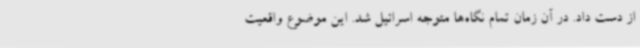
از دست داد. در آن زمان تمام نگاه‌ها متوجه اسرائیل شد. این موضوع واقعیت